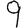
Digit: 9